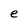
Character: e